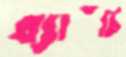
ব্যাঁচি